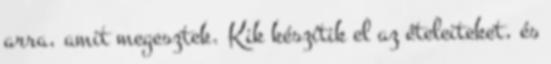
arra, amit megesztek. Kik készítik el az ételeiteket, és